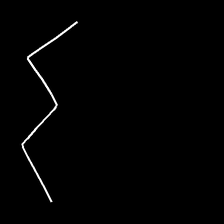
Glyph: crush